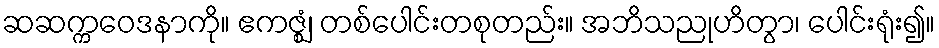
ဆဆက္ကဝေဒနာကို။ ဧကဇ္ဈံ၊ တစ်ပေါင်းတစုတည်း။ အဘိသညုဟိတွာ၊ ပေါင်းရုံး၍။